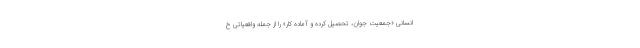
انسانی «جمعیت جوان، تحصیل کرده و آماده کار» را از جمله واقعیاتی خ